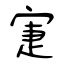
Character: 寁